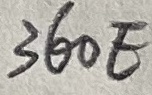
Text: 360E